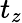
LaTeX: t_{z}